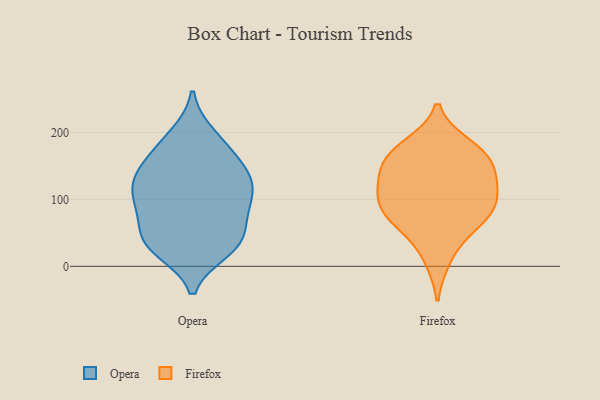
{"axis": {"x": "Conversion Rate (%)", "y": "Value"}, "legend": ["Firefox", "Opera"], "data": [{"x": "", "y": 138, "type": "Opera"}, {"x": "", "y": 122, "type": "Opera"}, {"x": "", "y": 158, "type": "Opera"}, {"x": "", "y": 125, "type": "Opera"}, {"x": "", "y": 33, "type": "Opera"}, {"x": "", "y": 39, "type": "Opera"}, {"x": "", "y": 166, "type": "Opera"}, {"x": "", "y": 120, "type": "Opera"}, {"x": "", "y": 37, "type": "Opera"}, {"x": "", "y": 90, "type": "Opera"}, {"x": "", "y": 95, "type": "Opera"}, {"x": "", "y": 196, "type": "Opera"}, {"x": "", "y": 54, "type": "Opera"}, {"x": "", "y": 82, "type": "Opera"}, {"x": "", "y": 137, "type": "Opera"}, {"x": "", "y": 24, "type": "Opera"}, {"x": "", "y": 188, "type": "Opera"}, {"x": "", "y": 91, "type": "Opera"}, {"x": "", "y": 28, "type": "Opera"}, {"x": "", "y": 11, "type": "Firefox"}, {"x": "", "y": 56, "type": "Firefox"}, {"x": "", "y": 167, "type": "Firefox"}, {"x": "", "y": 93, "type": "Firefox"}, {"x": "", "y": 156, "type": "Firefox"}, {"x": "", "y": 141, "type": "Firefox"}, {"x": "", "y": 93, "type": "Firefox"}, {"x": "", "y": 131, "type": "Firefox"}, {"x": "", "y": 172, "type": "Firefox"}, {"x": "", "y": 120, "type": "Firefox"}, {"x": "", "y": 180, "type": "Firefox"}, {"x": "", "y": 68, "type": "Firefox"}, {"x": "", "y": 104, "type": "Firefox"}, {"x": "", "y": 75, "type": "Firefox"}]}